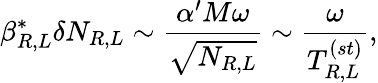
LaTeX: \beta_{R,L}^{*}\delta N_{R,L}\sim{\frac{\alpha^{\prime}M\omega}{\sqrt{N_{R,L}}}}\sim{\frac{\omega}{T_{R,L}^{(st)}}},